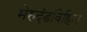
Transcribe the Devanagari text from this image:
मेरुदंडविहिन